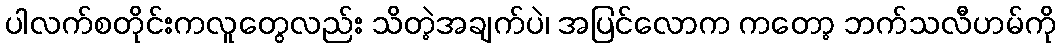
ပါလက်စတိုင်းကလူတွေလည်း သိတဲ့အချက်ပဲ၊ အပြင်လောက ကတော့ ဘက်သလီဟမ်ကို